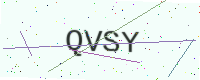
Text: QVSY